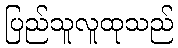
ပြည်သူလူထုသည်